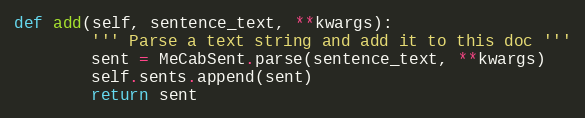
Language: Python
def add(self, sentence_text, **kwargs):
        ''' Parse a text string and add it to this doc '''
        sent = MeCabSent.parse(sentence_text, **kwargs)
        self.sents.append(sent)
        return sent